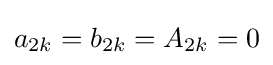
a_{2k}=b_{2k}=A_{2k}=0